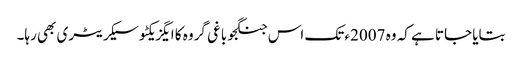
بتایا جاتا ہے کہ وہ 2007ء تک اس جنگجو باغی گروہ کا ایگزیکٹو سیکریٹری بھی رہا۔